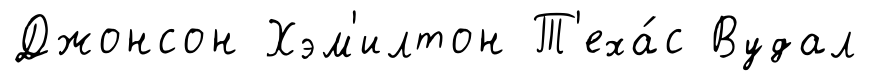
Джонсон Хэм'илтон Т'еха́с Вудал